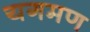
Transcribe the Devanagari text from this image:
यगमण